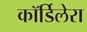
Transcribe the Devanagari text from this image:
कॉर्डिलेरा